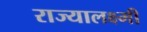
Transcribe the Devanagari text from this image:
राज्यालक्ष्मी